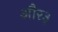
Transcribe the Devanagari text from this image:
और३